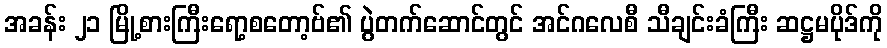
အခန်း ၂၁ မြို့စားကြီးရော့စတော့ဗ်၏ ပွဲတက်ဆောင်တွင် အင်ဂလေစီ သီချင်းခံကြီး ဆဋ္ဌမပိုဒ်ကို